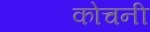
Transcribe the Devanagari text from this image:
कोचनी